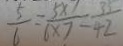
\frac { 5 } { 6 } = \frac { 5 \times 7 } { 6 \times 7 } = \frac { 3 5 } { 4 2 }